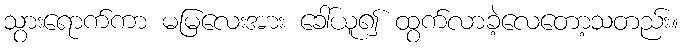
သွားရောက်ကာ မမြလေးအား ခေါ်ယူ၍ ထွက်လာခဲ့လေတော့သတည်း။